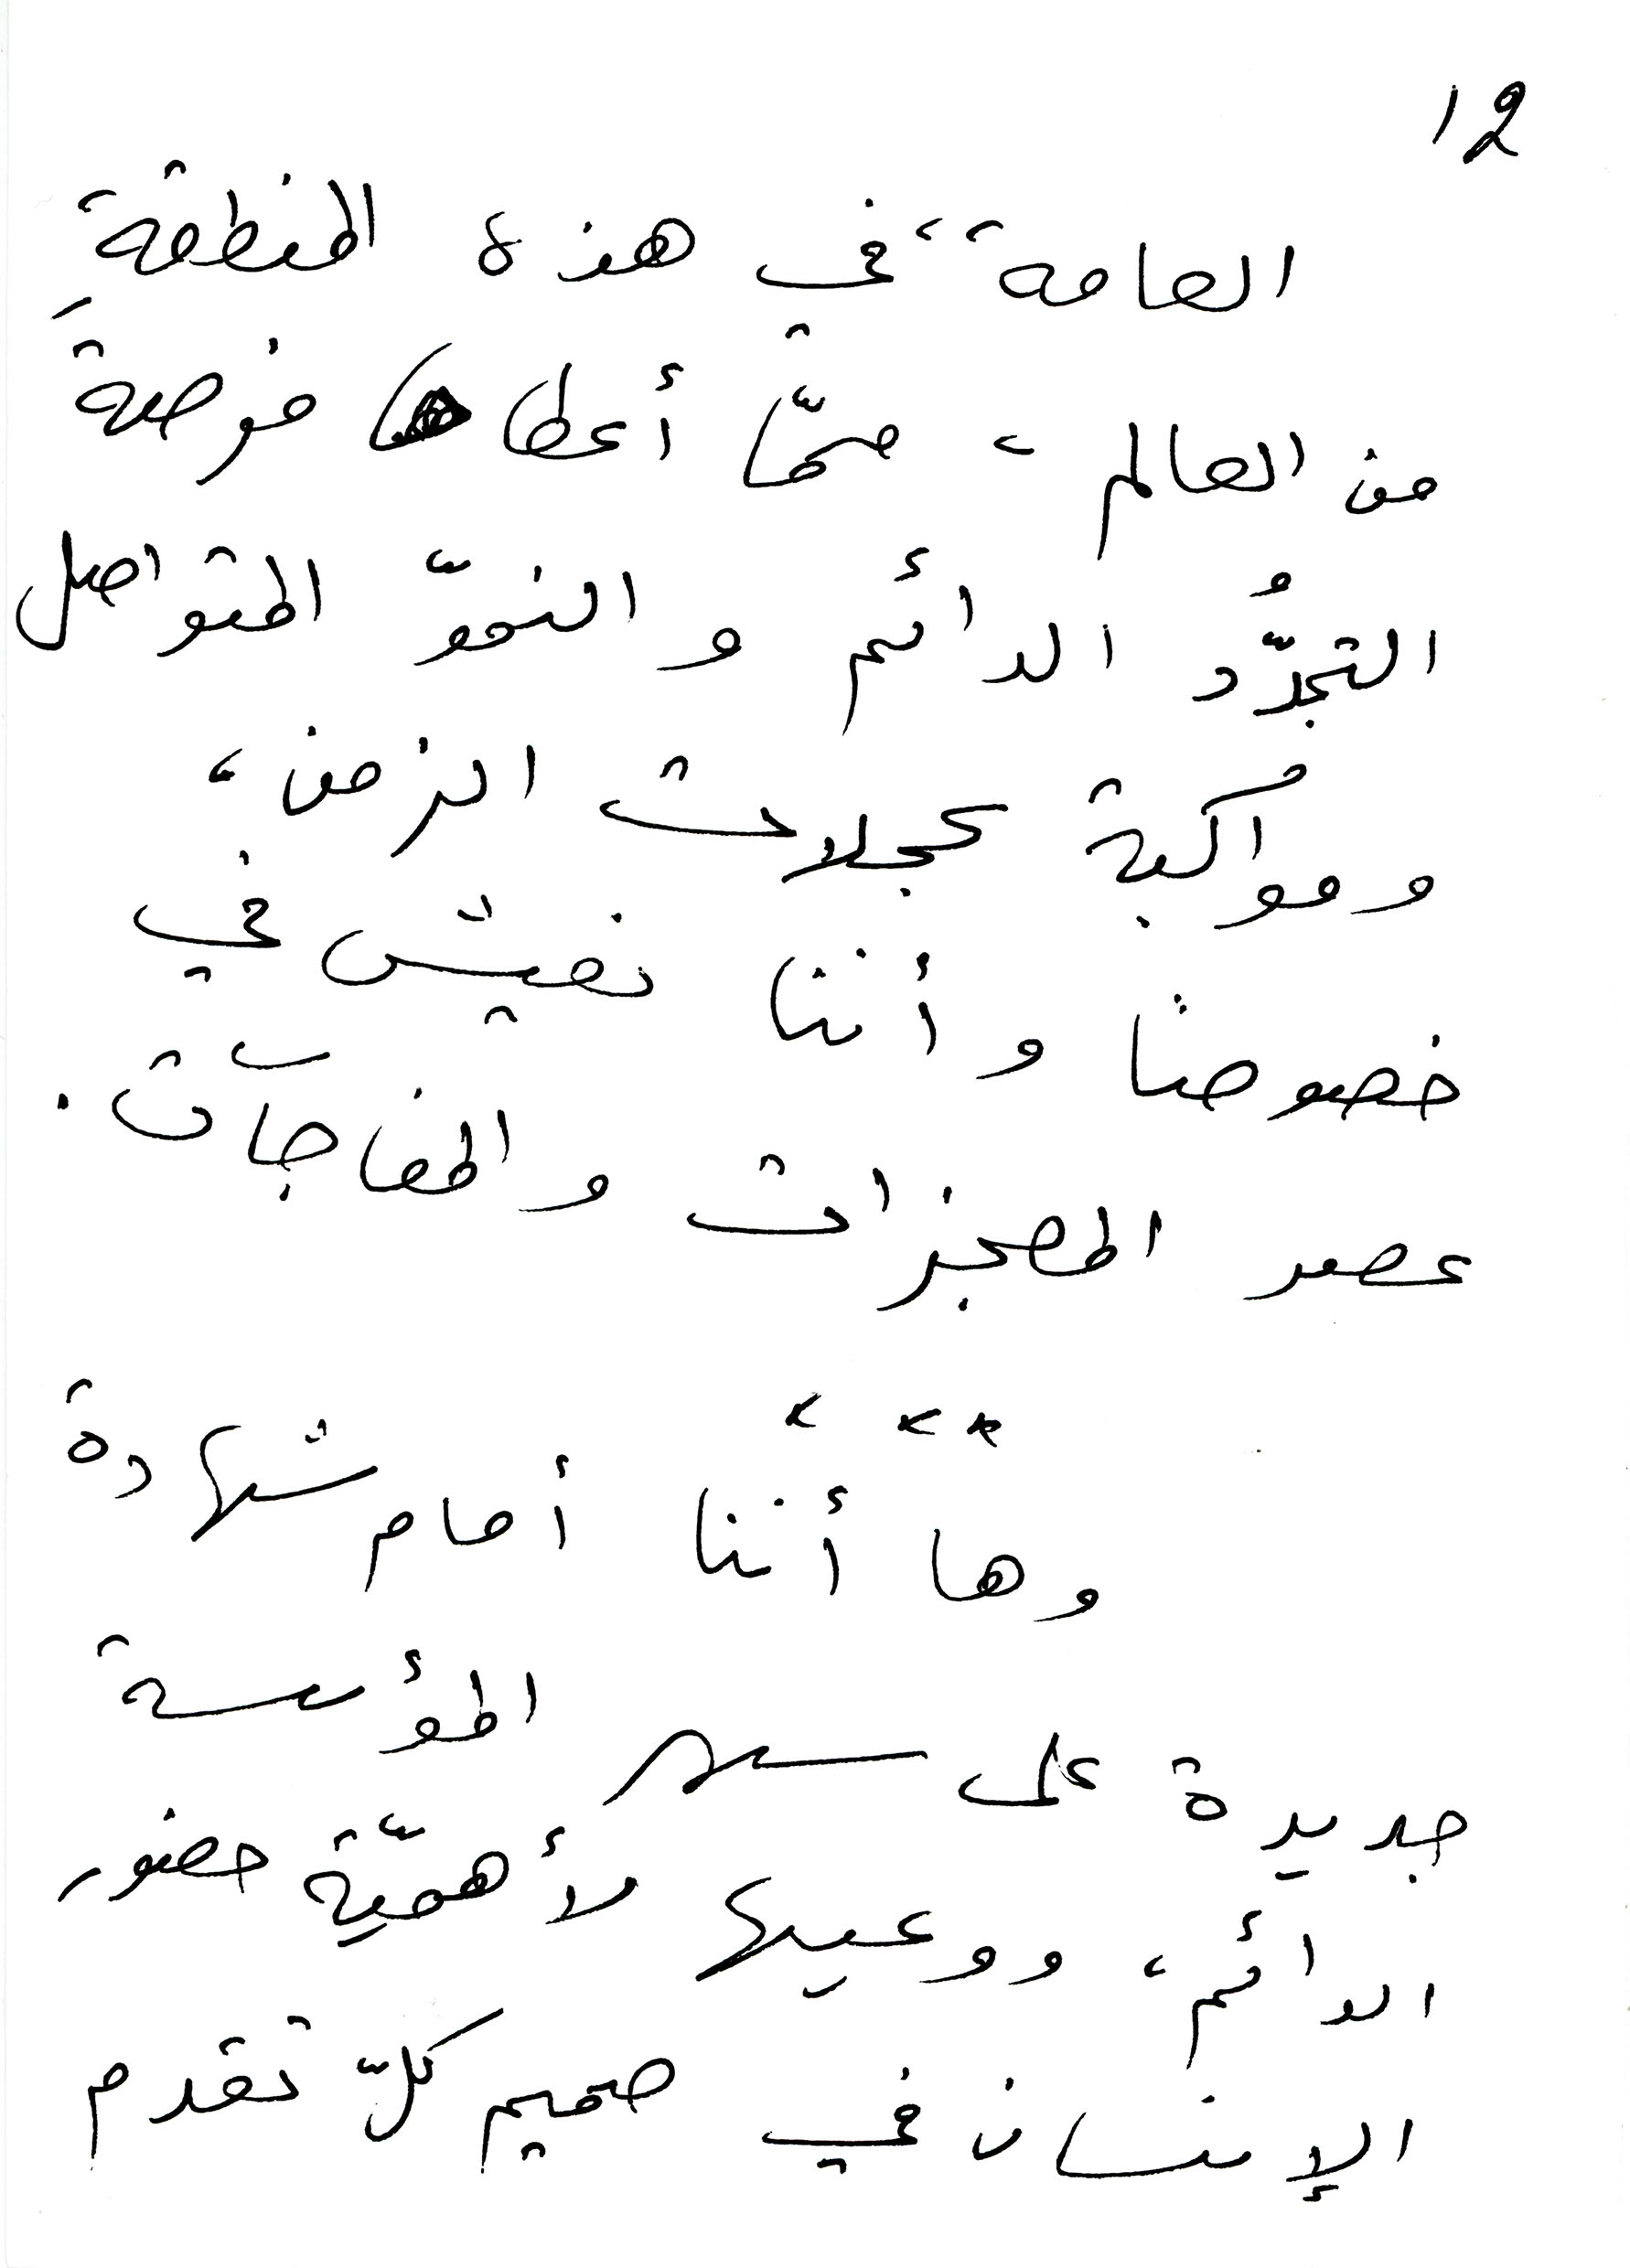
12
العامة في هذه المنطقةِ
من العالم، ممّا أعطاها فرصةَ
التجدُّد الدائم والنموّ المتواصل
ومواكبة عجلات الزمن،
خصوصاً وأننا نعيش في
عصر المعجزات والمفاجآت.
وها أننا أمام شهادة
جديدة على سهر المؤسسة
الدائم، ووعيها لأهميّة حضور
الإنسان في صميم كلّ تقدم